Protection of India from yellow fever
Disease focus: Fever
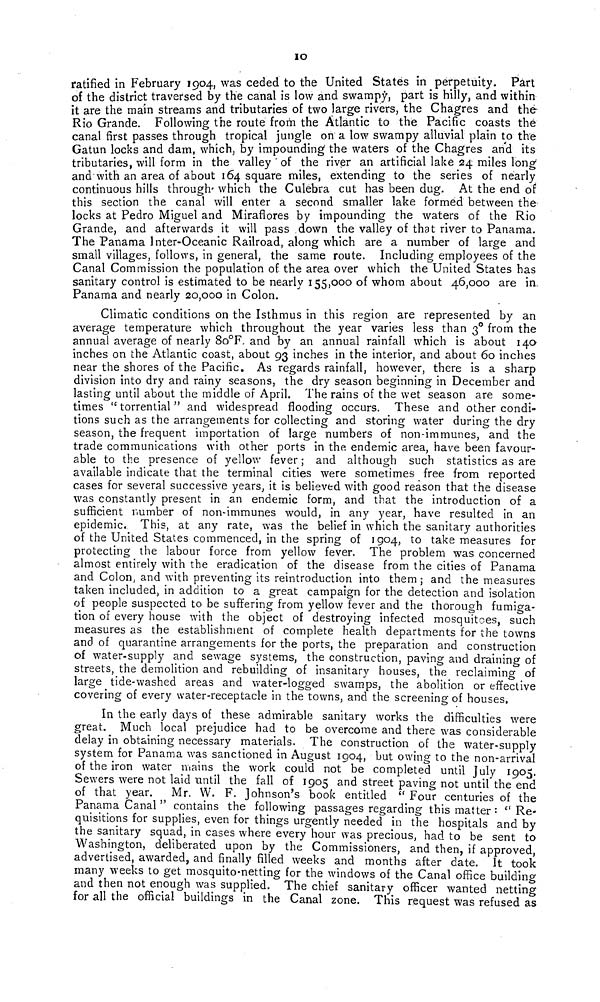
10
ratified in February 1904, was ceded to the United States in perpetuity. Part
of the district traversed by the canal is low and swamp, part is hilly, and within
it are the main streams and tributaries of two large rivers, the Chagres and the
Rio Grande. Following the route from the Atlantic to the Pacific coasts thé
canal first passes through tropical jungle on a low swampy alluvial plain to the
Gatun locks and dam, which, by impounding the waters of the Chagres and its
tributaries, will form in the valley ' of the river an artificial lake 24 miles long
and with an area of about 164 square miles, extending to the series of nearly
continuous hills through- which the Culebra cut has been dug. At the end of
this section the canal will enter a second smaller lake formed between the
locks at Pedro Miguel and Miraflores by impounding the waters of the Rio
Grande, and afterwards it will pass down the valley of that river to Panama.
The Panama Inter-Oceanic Railroad, along which are a number of large and
small villages, follows, in general, the same route. Including employees of the
Canal Commission the population of the area over which the United States has
sanitary control is estimated to be nearly 155,000 of whom about 46,000 are in.
Panama and nearly 20,000 in Colon.
Climatic conditions on the Isthmus in this region are represented by an
average temperature which throughout the year varies less than 3° from the
annual average of nearly 8o°F, and by an annual rainfall which is about 140
inches on the Atlantic coast, about 93 inches in the interior, and about 60 inches
near the shores of the Pacific. As regards rainfall, however, there is a sharp
division into dry and rainy seasons, the dry season beginning in December and
lasting until about the middle of April. The rains of the wet season are some-
times " torrential " and widespread flooding occurs. These and other condi-
tions such as the arrangements for collecting and storing water during the dry
season, the frequent importation of large numbers of non-immunes, and the
trade communications with other ports in the endemic area, have been favour-
able to the presence of yellow fever ; and although such statistics as are
available indicate that the terminal cities were sometimes free from reported
cases for several successive years, it is believed with good reason that the disease
was constantly present in an endemic form, and that the introduction of a
sufficient number of non-immunes would, in any year, have resulted in an
epidemic. This, at any rate, was the belief in which the sanitary authorities
of the United States commenced, in the spring of 1904, to take measures for
protecting the labour force from yellow fever. The problem was concerned
almost entirely with the eradication of the disease from the cities of Panama
and Colon, and with preventing its reintroduction into them ; and the measures
taken included, in addition to a great campaign for the detection and isolation
of people suspected to be suffering from yellow fever and the thorough fumiga-
tion of every house with the object of destroying infected mosquitoes, such
measures as the establishment of complete health departments for the towns
and of quarantine arrangements for the ports, the preparation and construction
of water-supply and sewage systems, the construction, paving and draining of
streets, the demolition and rebuilding of insanitary houses, the reclaiming of
large tide-washed areas and water-logged swamps, the abolition or effective
covering of every water-receptacle in the towns, and the screening of houses.
In the early days of these admirable sanitary works the difficulties were
great. Much local prejudice had to be overcome and there was considerable
delay in obtaining necessary materials. The construction of the water-supply
system for Panama was sanctioned in August 1904, but owing to the non-arrival
of the iron water mains the work could not be completed until July 1905.
Sewers were not laid until the fall of 1905 and street paving not until the end
of that year. Mr. W, F. Johnson's book entitled " Four centuries of the
Panama Canal " contains the following passages regarding this matter : " Re-
quisitions for supplies, even for things urgently needed in the hospitals and by
the sanitary squad, in cases where every hour was precious, had to be sent to
Washington, deliberated upon by the Commissioners, and then, if approved,
advertised, awarded, and finally filled weeks and months after date. It took
many weeks to get mosquito-netting for the windows of the Canal office building
and then not enough was supplied. The chief sanitary officer wanted netting
for all the official buildings in the Canal zone. This request was refused as